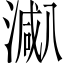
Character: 𱨐